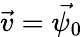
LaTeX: \vec{v}=\vec{\psi_{0}}